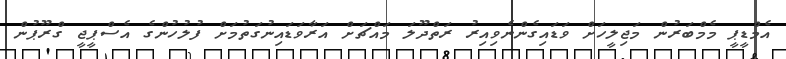
އެމްޑީޕީ މެމްބަރުން މަޖިލީހަށް ވަޑައިގެންނެވިއިރު ރަތްދޫލަ މައްޗަށް އަރާވަޑައިނުގަތުމަށް ފުލުހުންގެ އެސްޕީޖީ ގްރޫޕުން